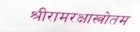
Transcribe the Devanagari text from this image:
श्रीरामरक्षास्त्रोतम